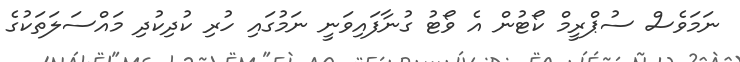
ނަމަވެސް ސުޕްރީމް ކޯޓުން އެ ވޯޓު ގުނާފައިވަނީ ނަމުގައި ހުރި ކުދިކުދި މައްސަލަތަކުގެ